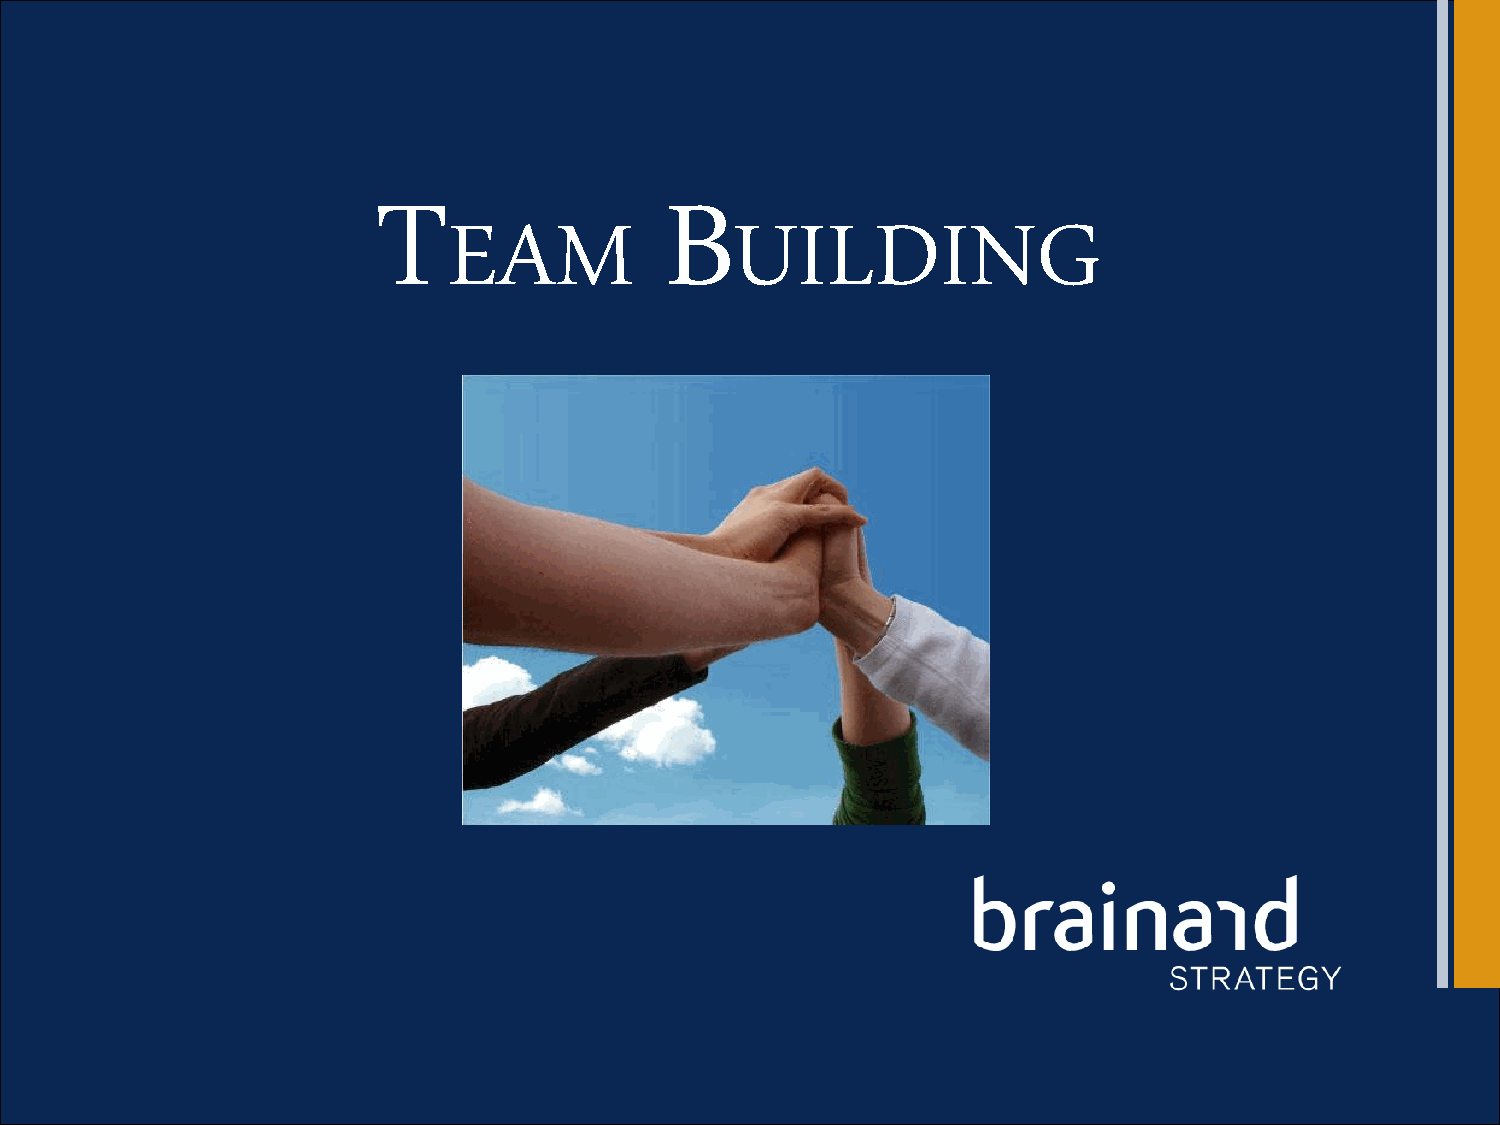
T                  B
 EAM                UILDING